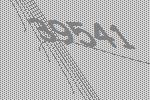
39541